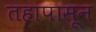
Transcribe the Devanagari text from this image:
तहापासून